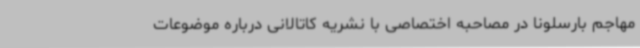
مهاجم بارسلونا در مصاحبه اختصاصی با نشریه کاتالانی درباره موضوعات